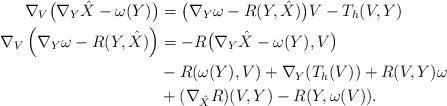
LaTeX: \begin{align*}\nabla_V \big(\nabla_Y \hat X - \omega(Y )\big) &= \big( \nabla_Y \omega - R(Y, \hat X)\big) V- T_h (V, Y)\\\nabla_V \left(\nabla_Y \omega - R(Y, \hat X) \right) &= - R\big(\nabla_Y \hat X - \omega (Y), V\big) \\&-R(\omega(Y), V) + \nabla_Y (T_h(V))+ R(V, Y) \omega \\&+ (\nabla_{\hat X} R) (V, Y)- R(Y, \omega(V)).\end{align*}